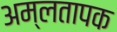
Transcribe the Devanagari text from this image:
अम्लतापक